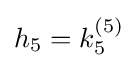
h_{5}=k_{5}^{(5)}